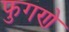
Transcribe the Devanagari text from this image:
फुगणे